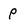
Character: P